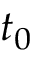
t _ { 0 }